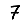
Digit: 7